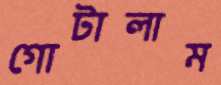
গোটালাম